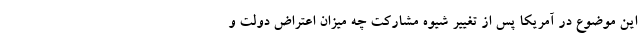
این موضوع در آمریکا پس از تغییر شیوه مشارکت چه میزان اعتراض دولت و